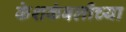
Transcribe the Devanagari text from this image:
केशकंबलीच्या